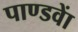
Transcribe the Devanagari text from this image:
पाण्डवाें